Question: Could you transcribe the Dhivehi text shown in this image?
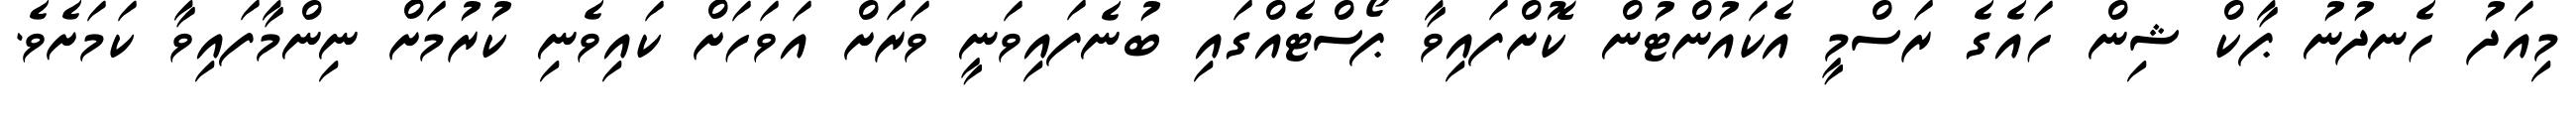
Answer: މިއަދު ހެނދުނު ޕާކް ޝިން ހައެގެ ރަސްމީ އެކައުންޓުން ކޮށްފައިވާ ޕޯސްޓެއްގައި ބުނެފައިވަނީ ވަރަށް އަވަހަށް ކައިވެނި ކުރުމަށް ނިންމާފައިވާ ކަމަށެވެ.